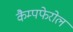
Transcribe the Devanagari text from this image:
कैम्पफेरोल